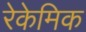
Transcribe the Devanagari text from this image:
रेकेमिक